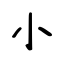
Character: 小